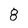
Character: 8